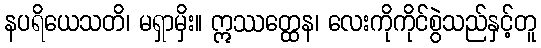
နပရိယေသတိ၊ မရှာမှိး။ ဣဿတ္ထေန၊ လေးကိုကိုင်စွဲသည်နှင့်တူ